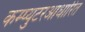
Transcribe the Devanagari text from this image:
कम्प्युटरआधारित